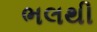
ભલથી